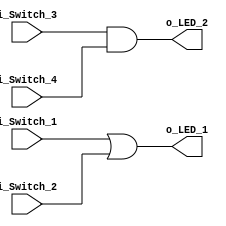
module And_Gate_Project( i_Switch_1, i_Switch_2, i_Switch_3, i_Switch_4, o_LED_1, o_LED_2);
    input i_Switch_1, i_Switch_2, i_Switch_3, i_Switch_4;
    output o_LED_1, o_LED_2;

    assign o_LED_1 = i_Switch_1 || i_Switch_2;
    assign o_LED_2 = i_Switch_3 && i_Switch_4;


    endmodule